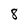
Character: 8